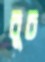
বুচ